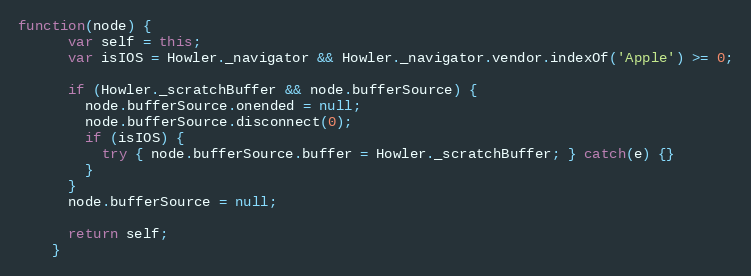
Language: JavaScript
function(node) {
      var self = this;
      var isIOS = Howler._navigator && Howler._navigator.vendor.indexOf('Apple') >= 0;

      if (Howler._scratchBuffer && node.bufferSource) {
        node.bufferSource.onended = null;
        node.bufferSource.disconnect(0);
        if (isIOS) {
          try { node.bufferSource.buffer = Howler._scratchBuffer; } catch(e) {}
        }
      }
      node.bufferSource = null;

      return self;
    }